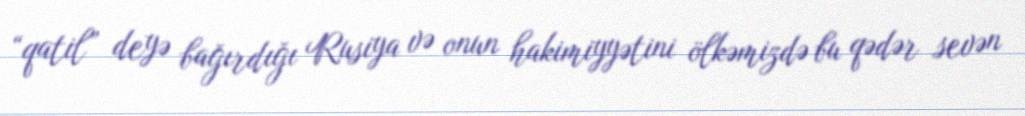
“qatil” deyə bağırdığı Rusiya və onun hakimiyyətini ölkəmizdə bu qədər sevən